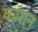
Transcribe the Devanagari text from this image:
कॉशन